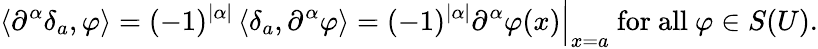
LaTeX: \left\langle\partial^{\alpha}\delta_{a},\varphi\right\rangle=(-1)^{|\alpha|}\left\langle\delta_{a},\partial^{\alpha}\varphi\right\rangle=(-1)^{|\alpha|}\partial^{\alpha}\varphi(x){\Big|}_{x=a}{\mathrm{~for~all~}}\varphi\in S(U).